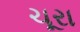
ચૂરા